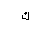
Letter: _kaf